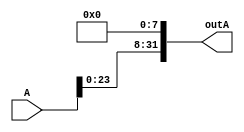
module SLL8bit(outA,A);
    input[31:0] A;
    output[31:0] outA;

    genvar c;
    generate 
        for (c=0; c < 8; c=c+1) begin: loop1
            assign outA[c] = 1'b0;
        end 
        for (c=8;c < 32;c=c+1) begin: loop2
            assign outA[c] = A[c-8];
        end
    endgenerate
endmodule